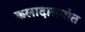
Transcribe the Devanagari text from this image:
कलादालनांत